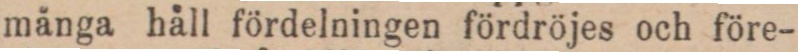
många håll fördelningen fördröjes och före-